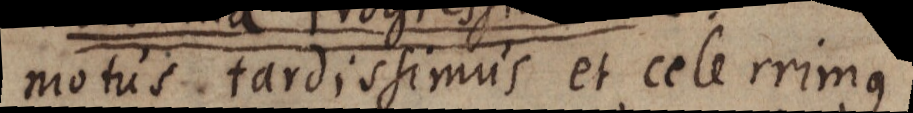
motus tardissimus et celerrimus